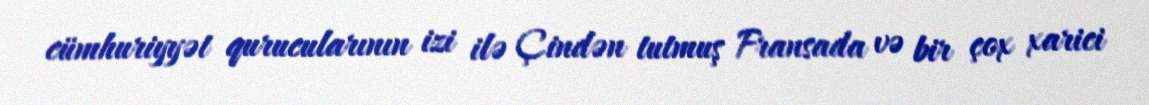
cümhuriyyət qurucularının izi ilə Çindən tutmuş Fransada və bir çox xarici